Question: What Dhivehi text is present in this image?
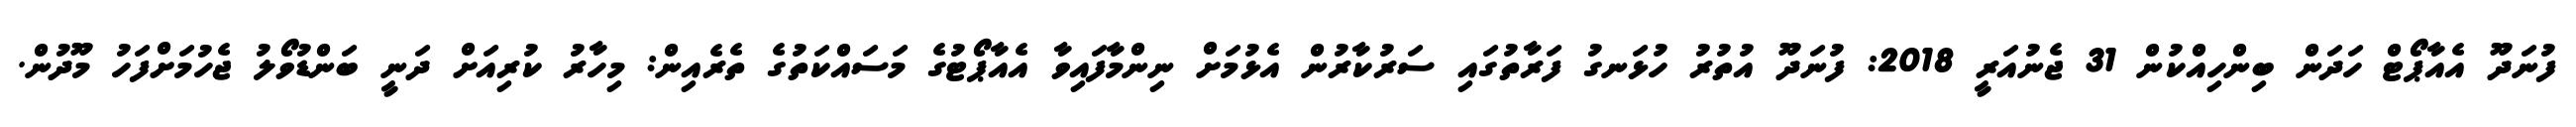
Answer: ފުނަދޫ އެއާޕޯޓް ހަދަން ބިންހިއްކުން 31 ޖެނުއަރީ 2018: ފުނަދޫ އުތުރު ހުޅަނގު ފަރާތުގައި ސަރުކާރުން އެޅުމަށް ނިންމާފައިވާ އެއާޕޯޓުގެ މަސައްކަތުގެ ތެރެއިން: މިހާރު ކުރިއަށް ދަނީ ބަންޑުވޯލު ޖެހުމަށްފަހު މޫދުން.